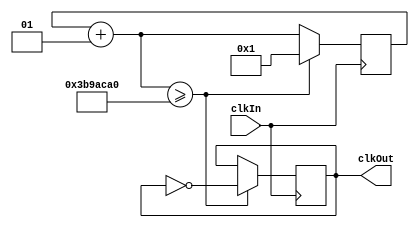
`timescale 1ns / 1ps
//////////////////////////////////////////////////////////////////////////////////
// Company: 
// Engineer: 
// 
// Design Name: 
// Module Name: clkDivider
// Project Name: 
// Target Devices: 
// Tool Versions: 
// Description: 
// 
// Dependencies: 
// 
// Revision:
// Revision 0.01 - File Created
// Additional Comments:
// 
//////////////////////////////////////////////////////////////////////////////////


module clkDivider #(parameter divider = 62500000) (
    input wire clkIn,
    output wire clkOut
    );

    reg clockOut = 0;
    integer count = 1;
    
    always @(posedge clkIn) begin
    if (clkIn == 1) begin
        count = count + 1;
        if (count >= divider) begin
            clockOut = ~clockOut;
            count = 1;
        end
    end
    end

    assign clkOut = clockOut;
    
endmodule